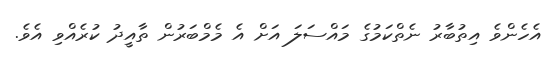
އެހެންވެ އިތުބާރު ނެތްކަމުގެ މައްސަލަ އަށް އެ މެމްބަރުން ތާއީދު ކުރެއްވި އެވެ.